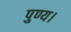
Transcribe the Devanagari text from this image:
पुण्य।